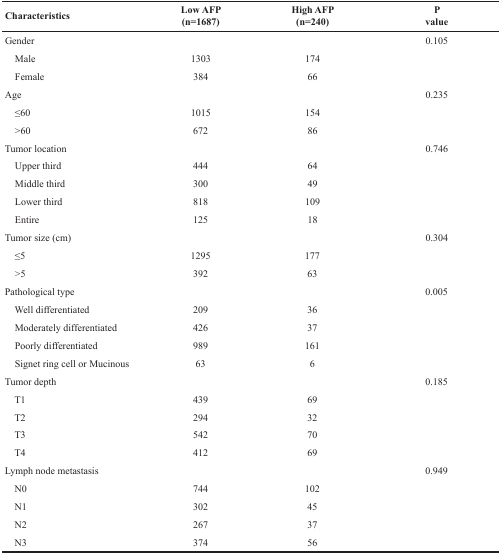
| Characteristics | Low AFP (n=1687) | High AFP (n=240) | P value |
 | --- | --- | --- | --- |
 | Gender |  |  | 0.105 |
 | Male | 1303 | 174 |  |
 | Female | 384 | 66 |  |
 | Age |  |  | 0.235 |
 | ≤60 | 1015 | 154 |  |
 | >60 | 672 | 86 |  |
 | Tumor location |  |  | 0.746 |
 | Upper third | 444 | 64 |  |
 | Middle third | 300 | 49 |  |
 | Lower third | 818 | 109 |  |
 | Entire | 125 | 18 |  |
 | Tumor size (cm) |  |  | 0.304 |
 | ≤5 | 1295 | 177 |  |
 | >5 | 392 | 63 |  |
 | Pathological type |  |  | 0.005 |
 | Well differentiated | 209 | 36 |  |
 | Moderately differentiated | 426 | 37 |  |
 | Poorly differentiated | 989 | 161 |  |
 | Signet ring cell or Mucinous | 63 | 6 |  |
 | Tumor depth |  |  | 0.185 |
 | T1 | 439 | 69 |  |
 | T2 | 294 | 32 |  |
 | T3 | 542 | 70 |  |
 | T4 | 412 | 69 |  |
 | Lymph node metastasis |  |  | 0.949 |
 | N0 | 744 | 102 |  |
 | N1 | 302 | 45 |  |
 | N2 | 267 | 37 |  |
 | N3 | 374 | 56 |  |